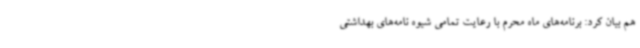
هم بیان کرد: برنامه‌های ماه محرم با رعایت تمامی شیوه نامه‌های بهداشتی